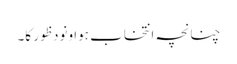
چنانچہ انتخاب ہوا ونود ظور کا۔